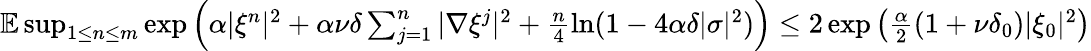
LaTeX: \begin{array}{r}{\mathbb{E}\operatorname*{sup}_{1\leq n\leq m}\exp\left(\alpha|\xi^{n}|^{2}+\alpha\nu\delta\sum_{j=1}^{n}|\nabla\xi^{j}|^{2}+\frac{n}{4}\ln(1-4\alpha\delta|\sigma|^{2})\right)\leq 2\exp\left(\frac{\alpha}{2}(1+\nu\delta_{0})|\xi_{0}|^{2}\right)}\end{array}